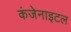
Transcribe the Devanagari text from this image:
कंजेनाइटल